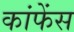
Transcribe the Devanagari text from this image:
कांफेंस